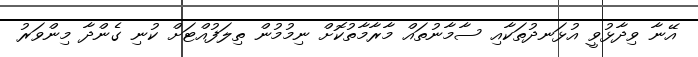
އޭނާ ވިދާޅުވީ އުޅަނދުތަކާއި ސާމާނުތައް މާރާމާތުކޮށް ނިމުމުން ތިލަފުއްޓަށް ކުނި ގެންދާ މިންވަރު